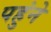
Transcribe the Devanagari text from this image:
पहुंने